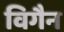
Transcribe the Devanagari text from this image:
विगैन